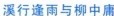
溪行逢雨与柳中庸